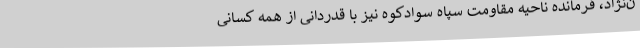
ن‌نژاد، فرمانده ناحیه مقاومت سپاه سوادکوه نیز با قدردانی از همه کسانی